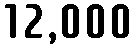
12,000